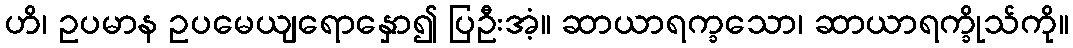
ဟိ၊ ဥပမာန ဥပမေယျရောနှော၍ ပြဦးအံ့။ ဆာယာရက္ခသော၊ ဆာယာရက္ခိုသ်ကို။